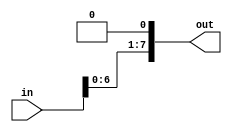
`timescale 1ns / 1ps
//////////////////////////////////////////////////////////////////////////////////
// Company: 
// Engineer: 
// 
// Design Name: 
// Module Name: nshiftreg
// Project Name: 
// Target Devices: 
// Tool Versions: 
// Description: 
// 
// Dependencies: 
// 
// Revision:
// Revision 0.01 - File Created
// Additional Comments:
// 
//////////////////////////////////////////////////////////////////////////////////


module nshiftreg #(parameter N=8) (input [N-1:0] in, output [N-1:0] out);

    genvar i;
    generate
    assign out[0] = 0;
    for (i=0;i<N-1;i=i+1) begin
    assign out[i+1] = in[i];
    end
    endgenerate
endmodule